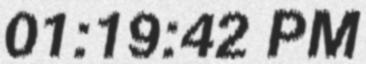
01:19:42 PM